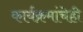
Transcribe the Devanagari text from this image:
कार्यक्रमांचेही